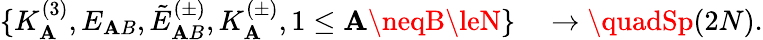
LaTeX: \{ K_{\mathbf{A}}^{(3)},E_{\mathbf{A}B},\tilde{{E}}_{\mathbf{A}B}^{(\pm)},K_{\mathbf{A}}^{(\pm)},1\le\mathbf{A}\neqB\leN\} \quad\rightarrow\quadSp(2N).